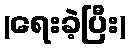
(ရေးခဲ့ပြီး)